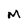
Character: M